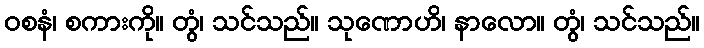
ဝစနံ၊ စကားကို။ တွံ၊ သင်သည်။ သုဏောဟိ၊ နာလော။ တွံ၊ သင်သည်။